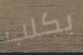
بكلب